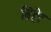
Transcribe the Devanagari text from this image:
बिहेर